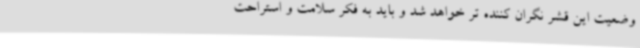
وضعیت این قشر نگران کننده تر خواهد شد و باید به فکر سلامت و استراحت